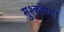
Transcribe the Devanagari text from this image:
मुश्कवाला